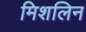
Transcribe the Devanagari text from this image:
मिशलिन